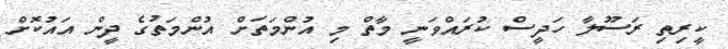
ކީރިތި ރަސޫލާ ހަދީސް ކުރައްވަނީ މާތް މި އުންމަތަށް އުންމަތުގެ ދީން އައުކޮށް